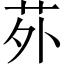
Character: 𫟌